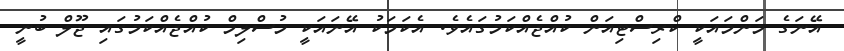
އޭނަގެ މަންމައަކީ ކްރިސްޓިއަން ކުއްޖެއްކަމުގައެވެ. އެކަމަކު އޭނައަކީ މުސްލިމް ކުއްޖެއްކަމުގައި ޖޫލް ބުނީ